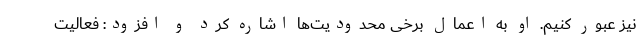
نیز عبور کنیم. او به اعمال برخی محدودیت‌ها اشاره کرد و افزود: فعالیت